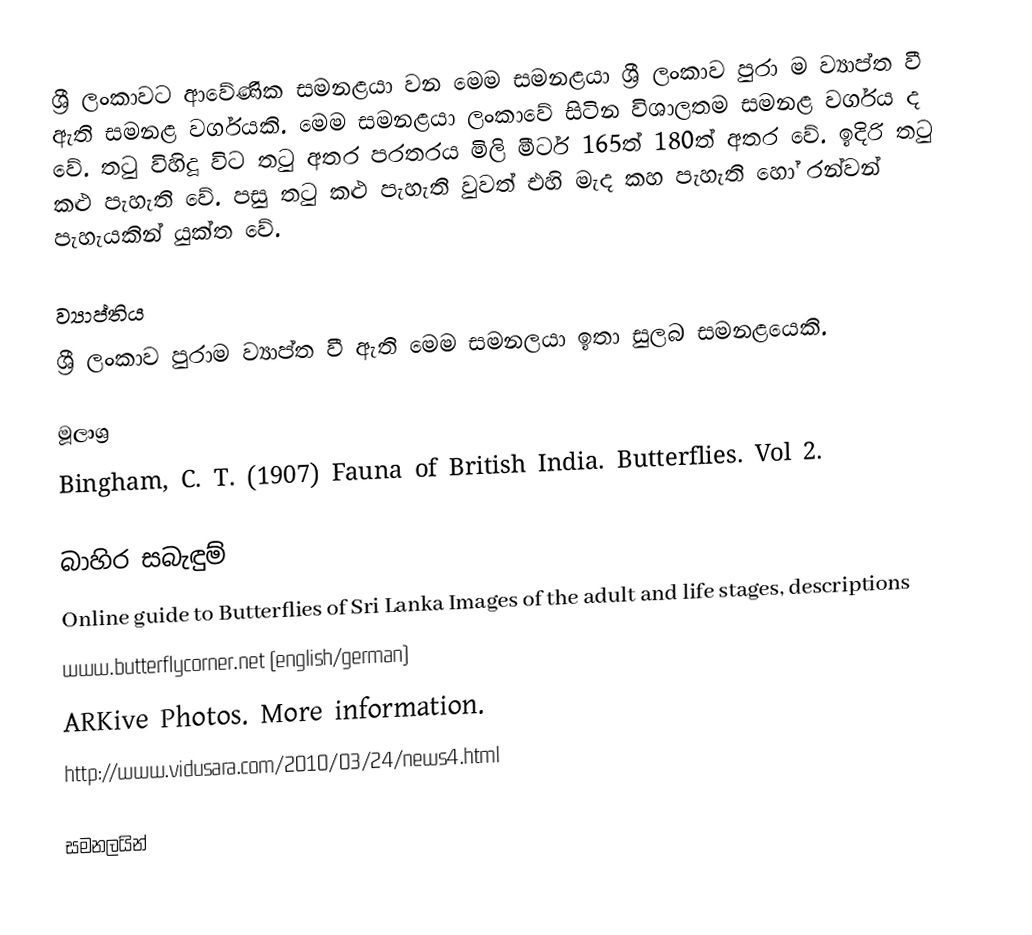
ශ්‍රී ලංකාවට ආවේණික සමනළයා වන මෙම සමනළයා ශ්‍රී ලංකාව පුරා ම ව්‍යාප්ත වී ඇති සමනළ වර්ගයකි. මෙම සමනළයා ලංකාවේ සිටින විශාලතම සමනළ වර්ගය ද වේ. තටු විහිදූ විට තටු අතර පරතරය මිලි මීටර් 165ත් 180ත් අතර වේ. ඉදිරි තටු කළු පැහැති වේ. පසු තටු කළු පැහැති වුවත් එහි මැද කහ පැහැති හෝ රන්වන් පැහැයකින් යුක්ත වේ.

ව්‍යාප්තිය
 ශ්‍රී ලංකාව පුරාම ව්‍යාප්ත වී ඇති මෙම සමනලයා  ඉතා සුලබ සමනළයෙකි.

මූලාශ්‍ර
 Bingham, C. T. (1907) Fauna of British India. Butterflies. Vol 2.

බාහිර සබැඳුම්
Online guide to Butterflies of Sri Lanka Images of the adult and life stages, descriptions
www.butterflycorner.net (english/german)
ARKive Photos. More information.
http://www.vidusara.com/2010/03/24/news4.html

සමනලයින්